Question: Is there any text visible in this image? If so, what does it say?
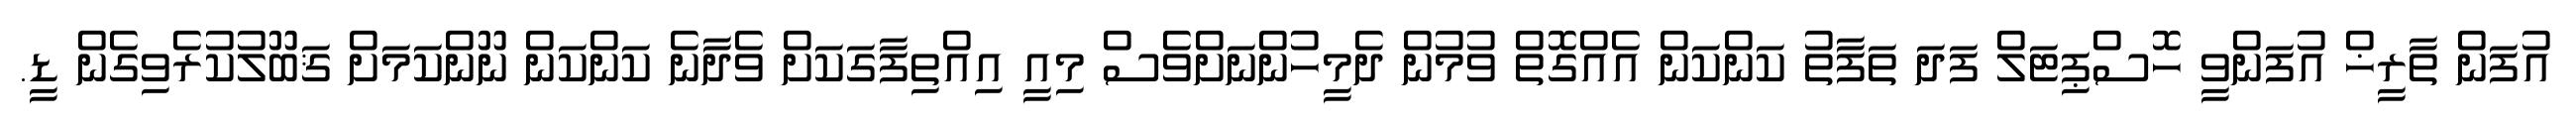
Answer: އުފަން ތާރީޚް އުފަންވީ ހޮސްޕިޓަލް ފަދަ ތަފާތު ކަންކަން އެއްގޮތް ވުމުން ދެމީހުންނަށްވެސް މިއީ އިއްތިފާގަކަށް ވެދާނެ ކަންކަން ނޫންކަމަށް ޤަބޫލުކުރެވިގެން ޑީ.